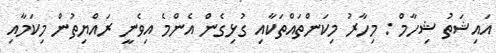
އައިޝަތު ޝިހާމް : މިހާރު މިކަންތައްތަކާއި ގުޅިގެން އެންމެ އިވެނީ ރައްޔިތުން މިކަމާއި